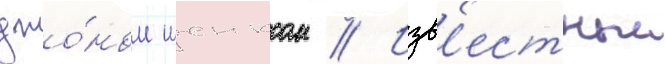
джо́ном шенксом // Изв'естныи